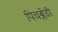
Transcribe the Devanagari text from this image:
पिचब्लेंडी